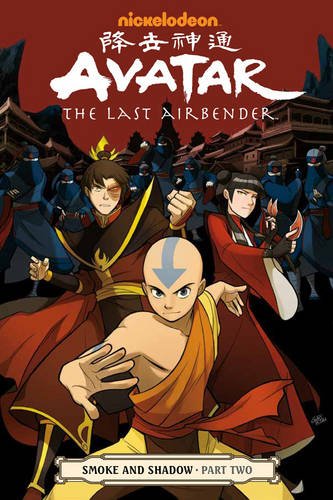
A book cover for Avatar: The Last Airbender - Smoke and Shadow Part Two; Gene Yang; Comics & Graphic Novels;